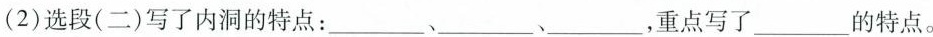
(2)选段(二)写了内洞的特点：____、___、___，重点写了____的特点。